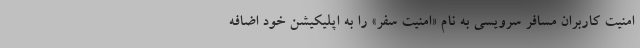
امنیت کاربران مسافر سرویسی به نام «امنیت سفر» را به اپلیکیشن خود اضافه